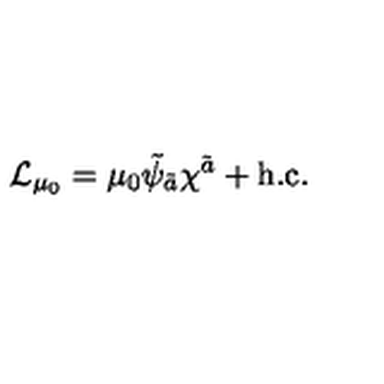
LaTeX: { \cal L } _ { \mu _ { 0 } } = \mu _ { 0 } \tilde { \psi } _ { \tilde { a } } \chi ^ { \tilde { a } } + \mathrm { h . c . }